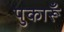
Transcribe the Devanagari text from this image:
पुकारूँ